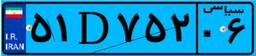
۴۶D۰۷۳۰۱